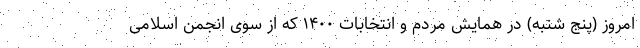
امروز (پنج شنبه) در همایش مردم و انتخابات ۱۴۰۰ که از سوی انجمن اسلامی